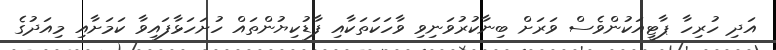
އަދި ހުރިހާ ޕާޓީއަކުންވެސް ވަރަށް ބިނާކުރުވަނިވި ވާހަކަތަކާއި ފާޑުކިޔުންތައް ހުށަހަޅާފައިވާ ކަމަށާއި މިއަދުގެ